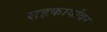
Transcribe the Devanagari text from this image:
सहकार्यांवर